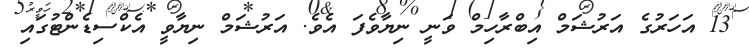
13 އަހަރުގެ އަރުޝަމް އިބްރާހިމް ވަނީ ނިޔާވެފަ އެވެ. އަރުޝަމް ނިޔާވީ އެކްސިޑެންޓުގައި